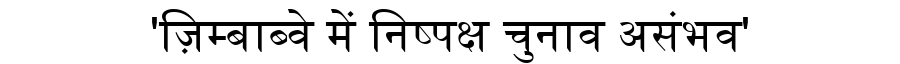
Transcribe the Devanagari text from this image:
'ज़िम्बाब्वे में निष्पक्ष चुनाव असंभव'